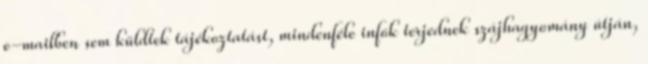
e-mailben sem küldtek tájékoztatást, mindenféle infók terjednek szájhagyomány útján,